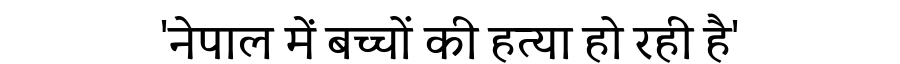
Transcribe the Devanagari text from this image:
'नेपाल में बच्चों की हत्या हो रही है'